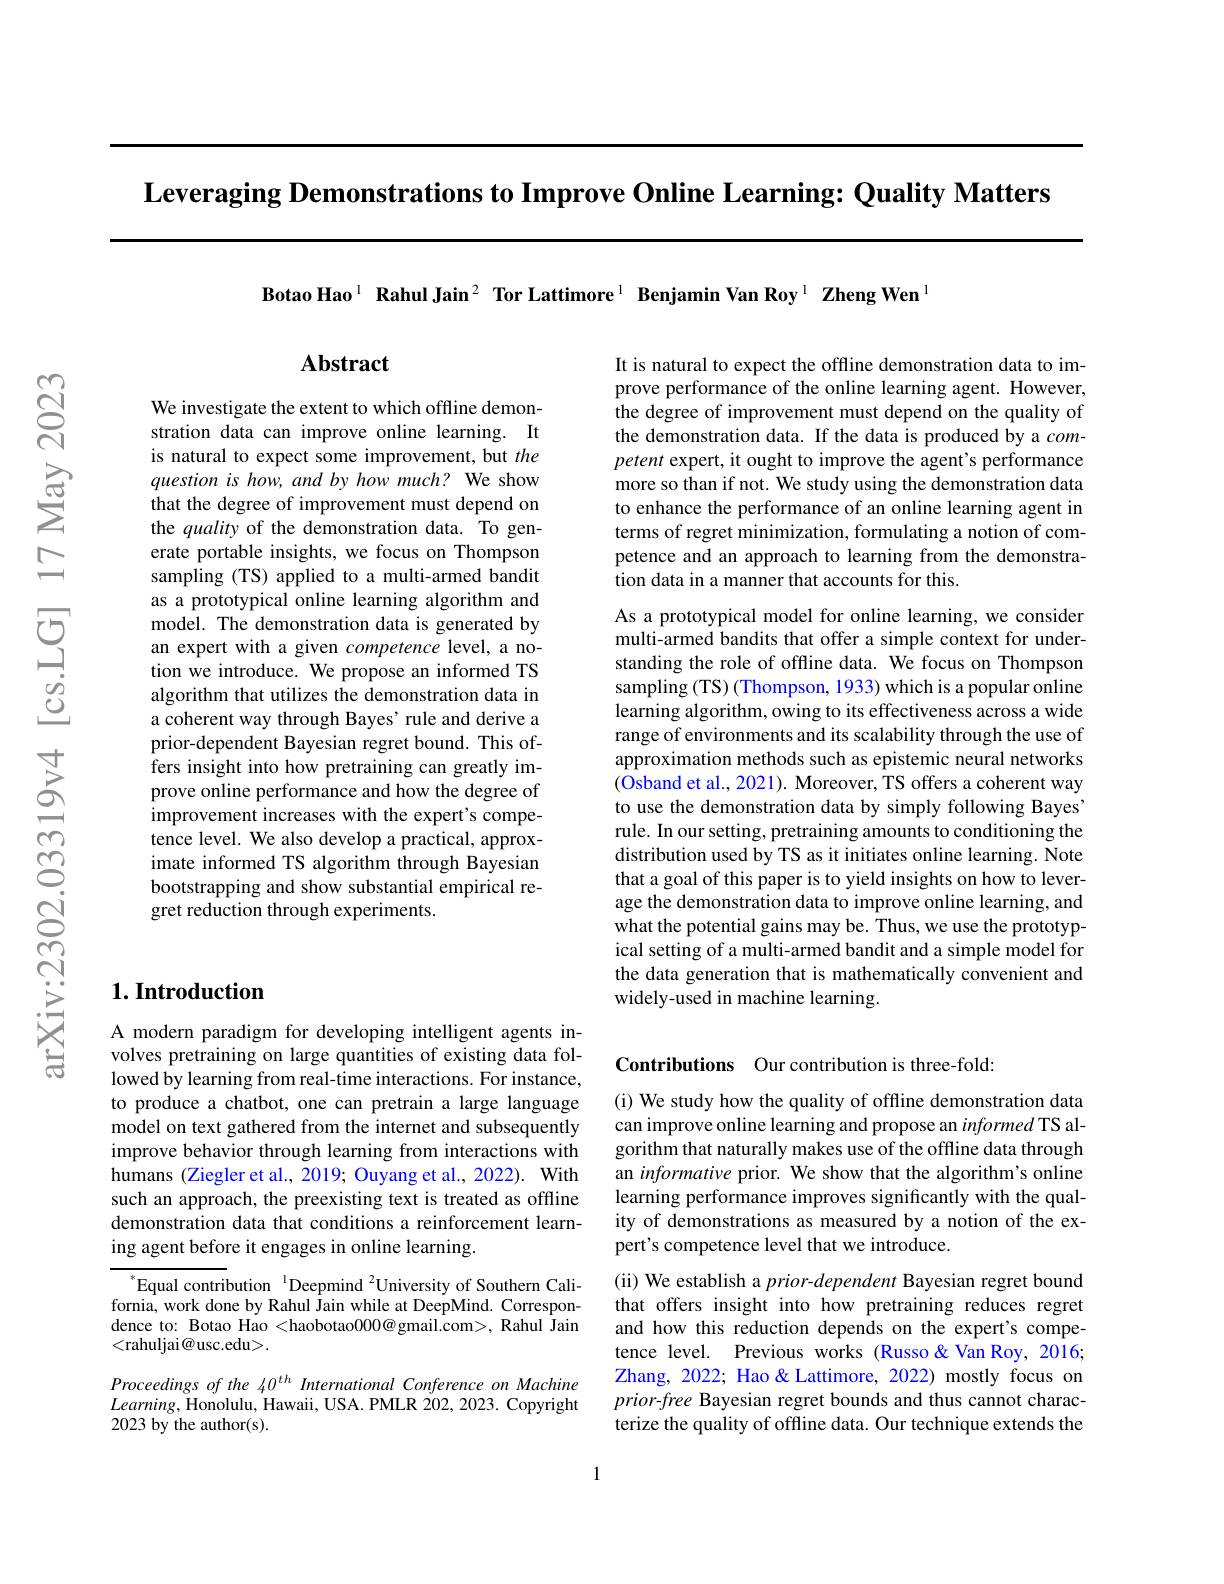
Leveraging Demonstrations to Improve Online Learning: Quality Matters

Botao Hao$^{1}$ Rahul Jain$^2$ Tor Lattimore$^{1}$ Benjamin Van Roy$^{1}$ Zheng Wen$^{1}$

### $1. \textbf{Introduction}$

A modern paradigm for developing intelligent agents involves pretraining on large quantities of existing data followed by learning from real-time interactions. For instance, to produce a chatbot, one can pretrain a large language model on text gathered from the internet and subsequently improve behavior through learning from interactions with humans (Ziegler et al., 2019; Ouyang et al., 2022). With such an approach, the preexisting text is treated as offline demonstration data that conditions a reinforcement learning agent before it engages in online learning.

$^{*}$Equal contribution$^{\text{I}}$Deepmind$^{2}$University of Southern California, work done by Rahul Jain while at DeepMind. Correspondence to: Botao Hao <haobotao$000@$gmail.com>, Rahul Jain <rahuljai@usc.edu>.

Proceedings of the 40$^{th}$ International Conference on Machine $Learning$,Honolulu, Hawaii, USA. PMLR 202, 2023. Copyright 2023 by the author(s).

## Abstract

We investigate the extent to which offline demonstration data can improve online learning. It is natural to expect some improvement, but the question is how, and by how much? We show that the degree of improvement must depend on the quality of the demonstration data. To generate portable insights, we focus on Thompson sampling (TS) applied to a multi-armed bandit as a prototypical online learning algorithm and model. The demonstration data is generated by an expert with a given competence level, a notion we introduce. We propose an informed TS algorithm that utilizes the demonstration data in a coherent way through Bayes' rule and derive a prior-dependent Bayesian regret bound. This offers insight into how pretraining can greatly improve online performance and how the degree of improvement increases with the expert's compe- $\hat{\text{tence level. We also develop a practical, approx-}}$ imate informed TS algorithm through Bayesian bootstrapping and show substantial empirical regret reduction through experiments.

It is natural to expect the offline demonstration data to improve performance of the online learning agent. However, the degree of improvement must depend on the quality of the demonstration data. If the data is produced by a $com-$ petent expert, it ought to improve the agent's performance more so than if not. We study using the demonstration data to enhance the performance of an online learning agent in terms of regret minimization, formulating a notion of competence and an approach to learning from the demonstration data in a manner that accounts for this.

As a prototypical model for online learning, we consider multi-armed bandits that offer a simple context for understanding the role of offline data. We focus on Thompson sampling (TS) (Thompson, 1933) which is a popular online learning algorithm, owing to its effectiveness across a wide range of environments and its scalability through the use of approximation methods such as epistemic neural networks (Osband et al., 2021). Moreover, TS offers a coherent way to use the demonstration data by simply following Bayes rule. In our setting, pretraining amounts to conditioning the distribution used by TS as it initiates online learning. Note that a goal of this paper is to yield insights on how to leverage the demonstration data to improve online learning, and what the potential gains may be. Thus, we use the prototypical setting of a multi-armed bandit and a simple model for the data generation that is mathematically convenient and widely-used in machine learning.

Contributions Our contribution is three-fold:

(i) We study how the quality of offline demonstration data can improve online learning and propose an informed TS algorithm that naturally makes use of the offline data through an informative prior. We show that the algorithm's online learning performance improves significantly with the quality of demonstrations as measured by a notion of the expert's competence level that we introduce.
(ii) We establish a prior-dependent Bayesian regret bound that offers insight into how pretraining reduces regret and how this reduction depends on the expert's competence level. Previous works (Russo&Van Roy, 2016; Zhang, 2022; Hao& Lattimore, 2022) mostly focus on prior-free Bayesian regret bounds and thus cannot characterize the quality of offline data. Our technique extends the

1